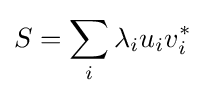
S=\sum _{i}\lambda _{i}u_{i}v_{i}^{*}